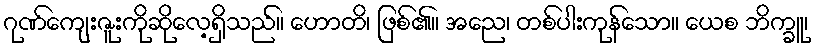
ဂုဏ်ကျေးဇူးကိုဆိုလေ့ရှိသည်။ ဟောတိ၊ ဖြစ်၏။ အညေ၊ တစ်ပါးကုန်သော။ ယေစ ဘိက္ခူ၊